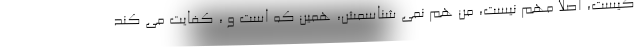
کیست، اصلا مهم نیست، من هم نمی شناسمش، همین که است و ، کفایت می کند